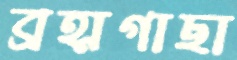
ব্রহ্মগাছা